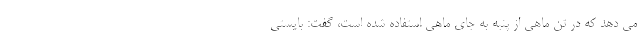
می دهد که در تن ماهی از پنبه به جای ماهی استفاده شده است، گفت: بایستی